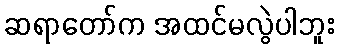
ဆရာတော်က အထင်မလွဲပါဘူး